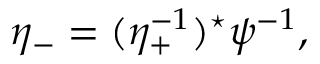
\eta _ { - } = ( \eta _ { + } ^ { - 1 } ) ^ { \star } \psi ^ { - 1 } ,